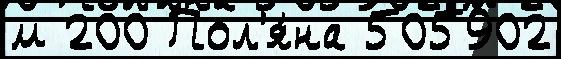
м 200 Пол'я́на 505902